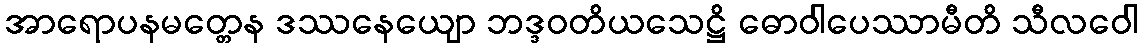
အာရောပနမတ္တေန ဒဿနေယျော ဘဒ္ဒဝတိယသေဋ္ဌိ ဓောဝါပေဿာမီတိ သီလဝေါ